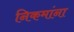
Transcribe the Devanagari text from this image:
निकमांना